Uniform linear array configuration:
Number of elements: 24
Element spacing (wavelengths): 1
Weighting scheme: blackman
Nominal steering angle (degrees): -15
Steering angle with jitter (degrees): -16.232
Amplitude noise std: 0.05
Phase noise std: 0.05

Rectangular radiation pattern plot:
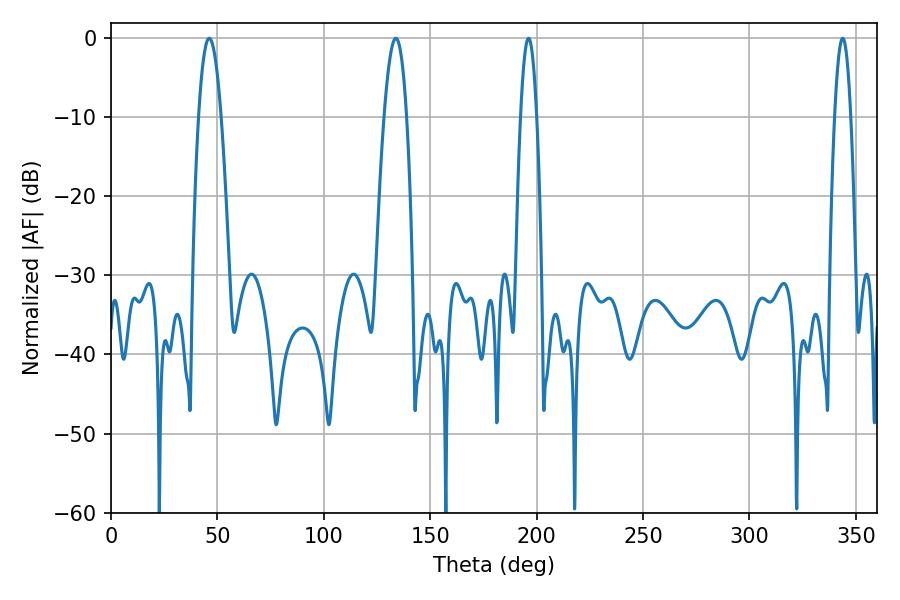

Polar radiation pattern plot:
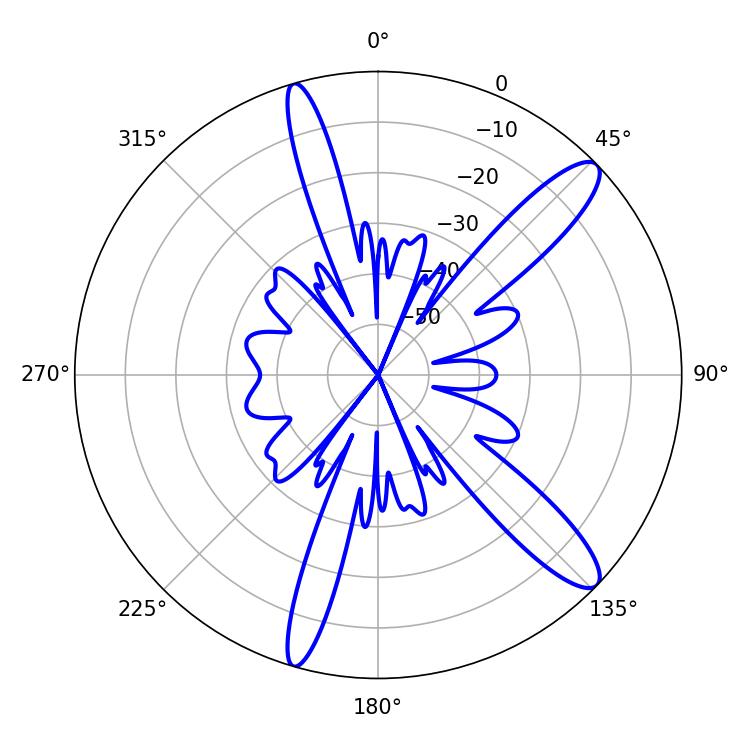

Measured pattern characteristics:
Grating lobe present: TRUE
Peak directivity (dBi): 12.425
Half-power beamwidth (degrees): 3.96
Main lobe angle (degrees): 196.2